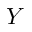
Y